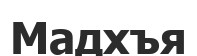
Мадхъя